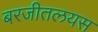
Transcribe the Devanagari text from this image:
बरजीतलयस